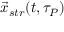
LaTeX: { \vec { x } } _ { s t r } ( t , \tau _ { P } )